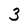
Character: 3